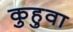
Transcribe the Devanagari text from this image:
कुहुवा